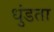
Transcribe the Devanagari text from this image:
धुंडता